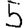
Digit: 5